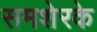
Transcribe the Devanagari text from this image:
समशेरके